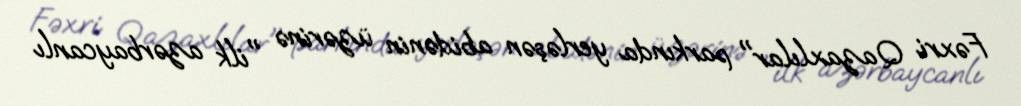
Fəxri Qazaxlılar" parkında yerləşən abidənin üzərinə "ilk azərbaycanlı